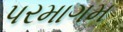
પરમાગમ